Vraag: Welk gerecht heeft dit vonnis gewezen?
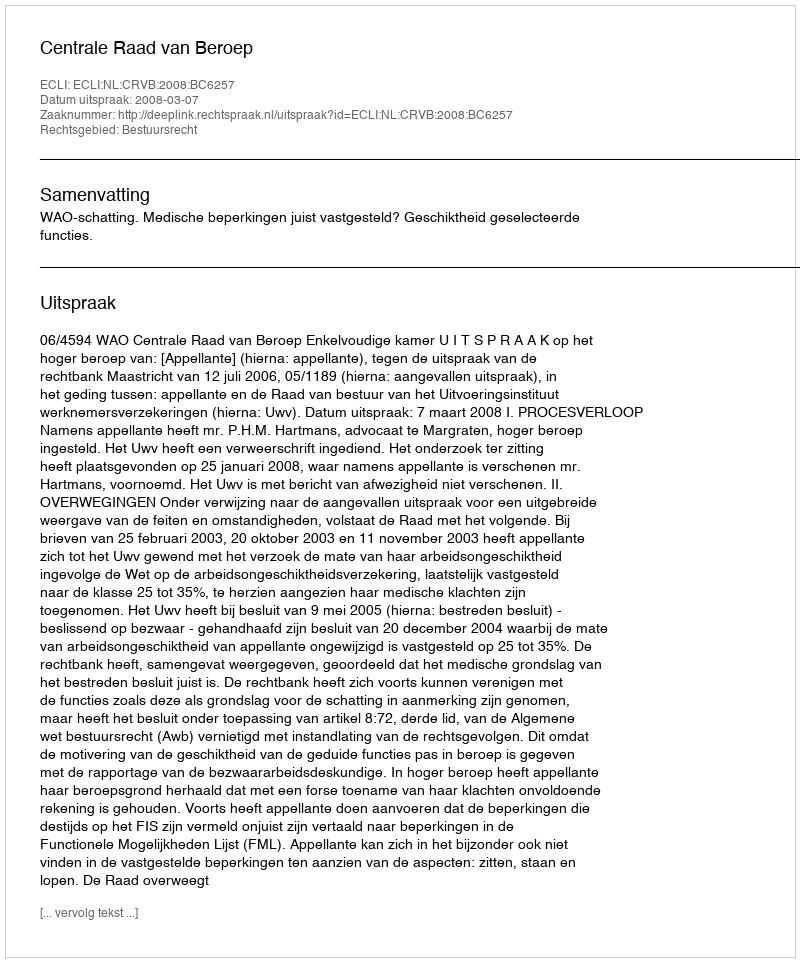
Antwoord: Centrale Raad van Beroep